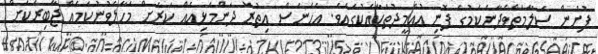
ފުށުން ސަލާމަތްވެދާނެކަމުގެ ފޮނި އުއްމީދުތަކާއެކުގައެވެ. އެހެނަސް އިތުރު ދަންމަޅިއެއް ކަރަށް މަހާލެވުނުކަމެއް ޖާބިރަކަށް